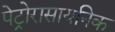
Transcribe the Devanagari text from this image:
पेट्रोरासायनिक